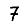
Digit: 7